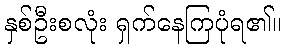
နှစ်ဦးစလုံး ရှက်နေကြပုံရ၏။